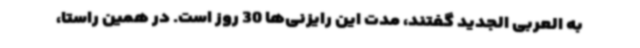
به العربی الجدید گفتند، مدت این رایزنی‌ها 30 روز است. در همین راستا،